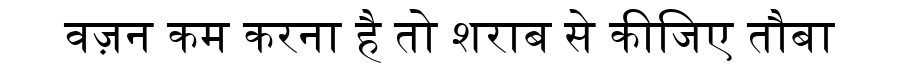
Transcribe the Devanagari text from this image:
वज़न कम करना है तो शराब से कीजिए तौबा